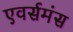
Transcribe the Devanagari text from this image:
एवर्समंस